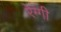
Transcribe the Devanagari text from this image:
रेग्गी